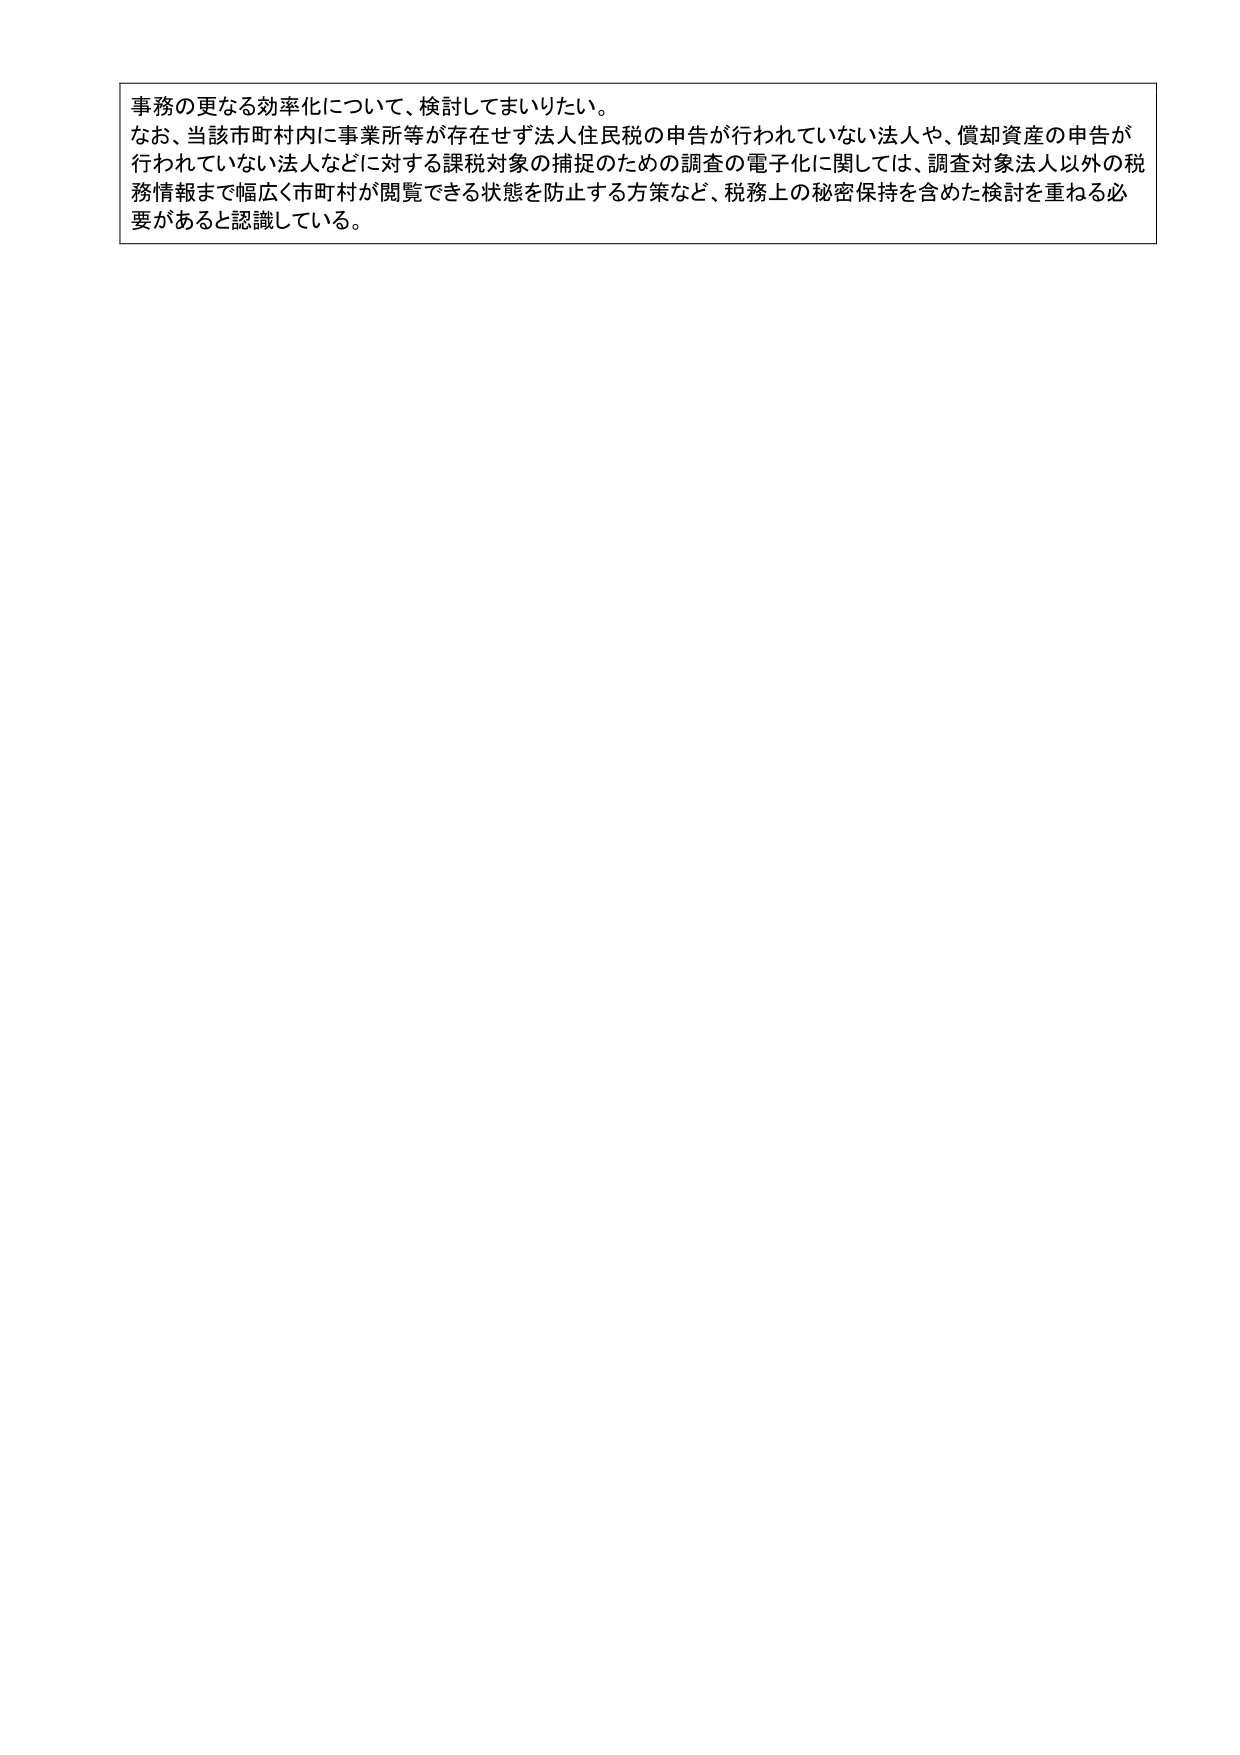
事務の更なる効率化について、検討してまいりたい。
なお、当該市町村内に事業所等が存在せず法人住民税の申告が行われていない法人や、償却資産の申告が
行われていない法人などに対する課税対象の捕捉のための調査の電子化に関しては、調査対象法人以外の税
務情報まで幅広く市町村が閲覧できる状態を防止する方策など、税務上の秘密保持を含めた検討を重ねる必
要があると認識している。